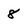
Character: 8